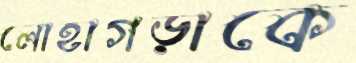
লোহাগড়াকে